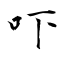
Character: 吓